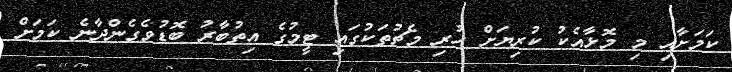
ކަމަށާއި މި މޮޅާއެކު ކުރިޔަށް ހުރި މެޗުތަކުގައި ޓީމުގެ އިތުބާރު ބޮޑުވެގެންދާނެ ކަމަށް